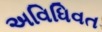
અવિધિવત